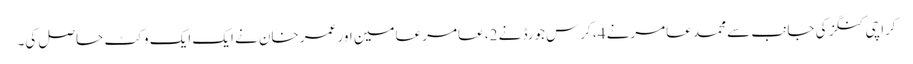
کراچی کنگز کی جانب سے محمد عامرنے 4، کرس جورڈ نے 2، عامر عامین اور عمر خان نے ایک ایک وکٹ حاصل کی۔